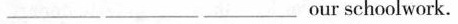
___ ___ ___ our schoolwork.